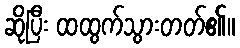
ဆိုပြီး ထထွက်သွားတတ်၏။